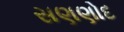
સણણોદ